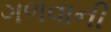
ગળવાની